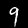
Digit: 9